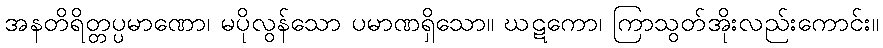
အနတိရိတ္တပ္ပမာဏော၊ မပိုလွန်သော ပမာဏရှိသော။ ဃဋကော၊ ကြာသွတ်အိုးလည်းကောင်း။